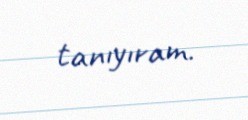
tanıyıram.